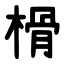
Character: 榾